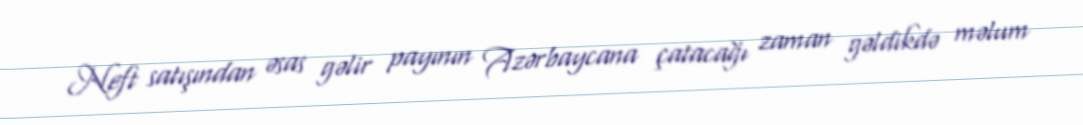
Neft satışından əsas gəlir payının Azərbaycana çatacağı zaman gəldikdə məlum